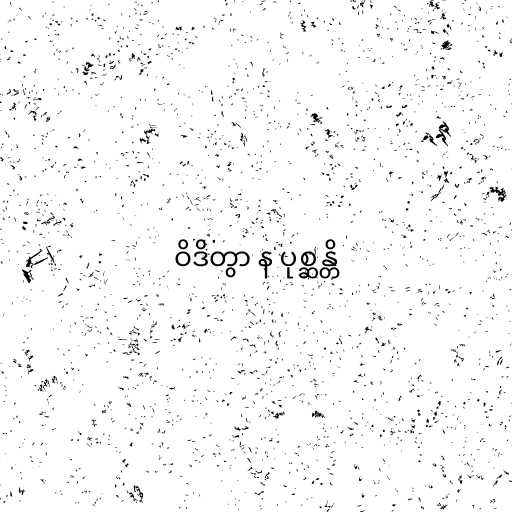
ဝိဒိတွာ န ပုစ္ဆန္တိ